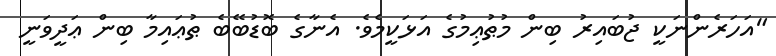
"އަހަރެންނަކީ ޖުބައިރު ބިން މުޠުޢިމުގެ އަޅަކީމެވެ. އެނާގެ ބޮޑުބޭބެ ޠުޢައިމާ ބިން ޢަދީވަނީ